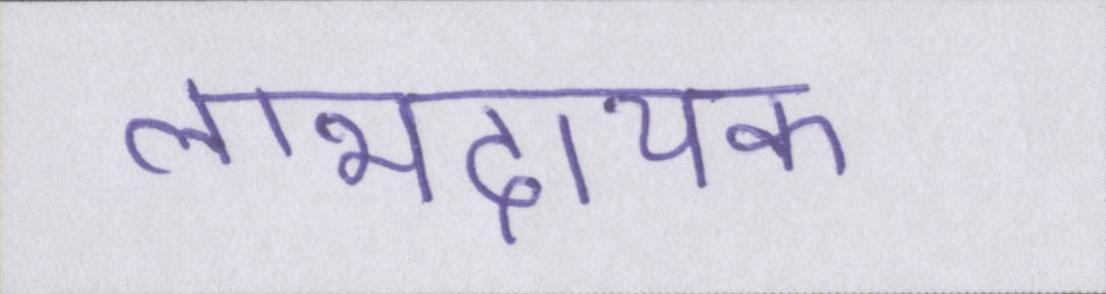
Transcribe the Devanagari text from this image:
लाभदायक